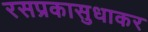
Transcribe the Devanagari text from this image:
रसप्रकासुधाकर